Indian journal of veterinary science and animal husbandry - Volumes 18-21, 1948-1951
Year: 1948
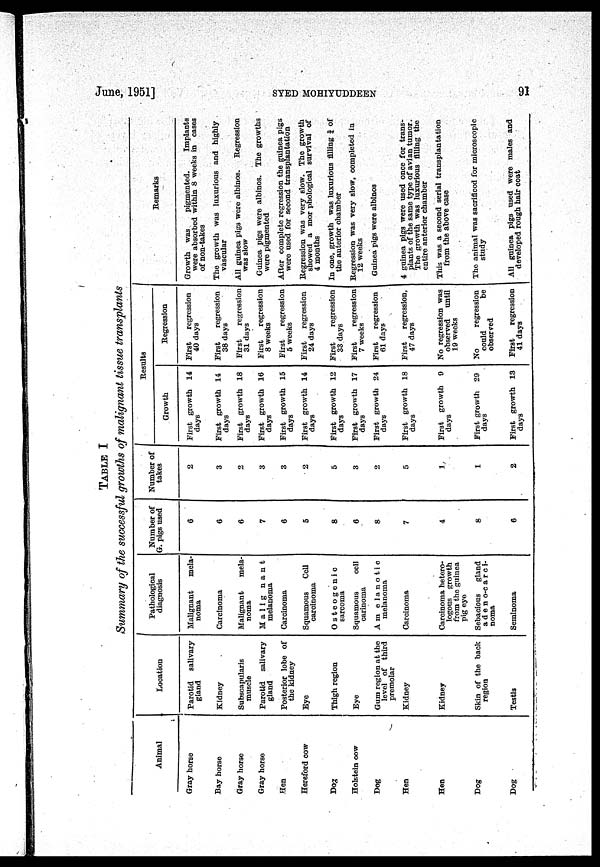
June, 1951]
SYED
MOHIYUDDEEN
91
TABLE I
Summary of the successful growths of malignant tissue transplants
Animal
Gray horse
Bay horse
Gray horse
Gray horse
Hen
Hereford cow
Dog
Holstein cow
Dog
Hen
Hen
Dog
Dog
Location
Parotid
salivary
gland
Kidney
Subscapularis
muscle
Parotid salivary
gland
Posterior lobe of
the kidney
Eye
Thigh region
Eye
Gum region at the
level of third
premolar
Kidney
Kidney
Skin of the back
region
Testis
Pathological
diagnosis
Malignant
mela-
noma
Carcinoma
Malignant
mela-
noma
Malig
nant
melanoma
Carcinoma
Squamous
Cell
carcinoma
Osteogenic
sarcoma
Squamous
cell
carinoma
Am elanotic
melanoma
Carcinoma
Carcinoma hetero-
logous growth
from the guinea
pig eye
Sebacious
gland
adeno-carc1-
noma
Seminoma
Number of
G. pigs used
6
6
6
7
6
5
8
6
8
7
4
8
6
Number of
takes
2
3
2
3
3
2
5
3
2
5
1
1
2
Results
First growth 14
days
First growth 14
days
First growth 18
days
First growth 16
days
First growth 15
days
First growth 14
days
First growth 12
days
First growth 17
days
First growth 24
days
First growth 18
days
First growth 9
days
First growth 29
days
First growth 13
days
First
regression
40 days
First
regression
38 days
First
regression
31 days
First
regression
8 weeks
First
regression
5 weeks
First
regression
24 days
First
regression
33 days
First
regression
7 weeks
First
regression
61 days
First
regression,
47 days
No regression was
observed
until
19 weeks
No
regression
could
be
observed
First
regression
41 days
Remarks
Growth was
pigmented.
Implants
were absorbed within 8 weeks in cases
of non-takes
The growth was luxurious and highly
vascular
All guinea pigs were albinos.
Regression
was slow
Guinea pigs were albinos. The growths
were pigmented
After complete regression the guinea pigs
were used for second transplantation
Regression was very slow. The growth
showed a mor phological survival of
4 months
In one, growth was luxurious filling ¾ of
the anterior chamber
Regression was very slow, completed in
12 weeks
Guinea pigs were albinos
4 guinea pigs were used once for trans-
plants of the same type of avian tumor.
The growth was luxurious filling the
entire anterior chamber
This was a second serial transplantation
from the above case
The animal was sacrificed for microscopic
study
All guinea pigs used were males and
developed rough hair coat